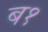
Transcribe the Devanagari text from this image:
ब१